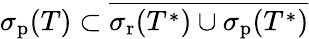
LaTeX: \sigma_{\mathrm{p}}(T)\subset{\overline{{\sigma_{\mathrm{r}}(T^{*})\cup\sigma_{\mathrm{p}}(T^{*})}}}